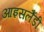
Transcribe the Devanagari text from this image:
आइसलैंडी